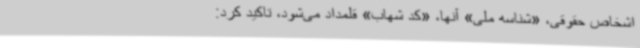
اشخاص حقوقی، «شناسه ملی» آنها، «کد شهاب» قلمداد می‌شود، تاکید کرد: